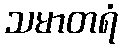
သမာတရံ